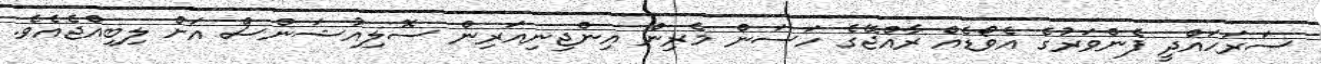
ސަރަހައްދީ ފެންވަރުގެ އެވޯޑެއް ރާއްޖޭގެ ހަސަން މެރިން އިންޖިނިއަރިން ސޮލިއުޝަންސް އަށް ލިބިއްޖެއެވެ.